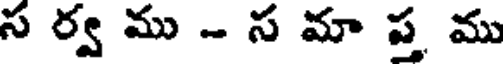
స ర్వ ము - స మా ప్త ము